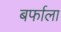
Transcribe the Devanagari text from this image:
बर्फाला